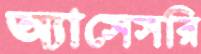
অ্যাসেসরি